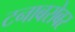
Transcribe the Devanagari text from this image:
टनाबरोबर